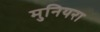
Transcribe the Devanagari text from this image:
मुनियरा